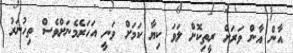
އާން އާން ވަރަށް ރީތިކޮށް ލަވަ ކިޔާ ކަަމަށް ވަނީ އަހަރެމެނަށްވެސް ތިހުނަރު